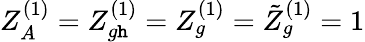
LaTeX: Z_{A}^{(1)}=Z_{g\mathtt{h}}^{(1)}=Z_{g}^{(1)}=\tilde{{Z}}_{g}^{(1)}=1